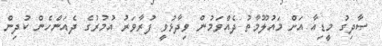
ޞާދިގު މީޑިއާ އަށް މައުލޫމާތު ދެއްވަމުން ވިދާޅުވީ ފުރާވަރު އުމުރުގެ ދެއަންހެން ކުދިން